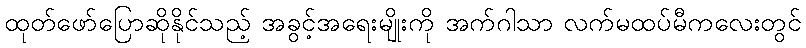
ထုတ်ဖော်ပြောဆိုနိုင်သည့် အခွင့်အရေးမျိုးကို အက်ဂါသာ လက်မထပ်မီကလေးတွင်